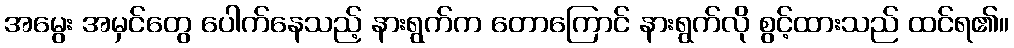
အမွေး အမှင်တွေ ပေါက်နေသည့် နားရွက်က တောကြောင် နားရွက်လို စွင့်ထားသည် ထင်ရ၏။